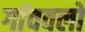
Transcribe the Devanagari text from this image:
गांववलों